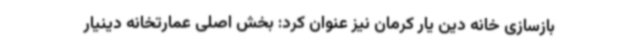
بازسازی خانه دین یار کرمان نیز عنوان کرد: بخش اصلی عمارتخانه دینیار